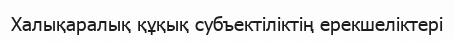
Халықаралық құқық субъектіліктің ерекшеліктері